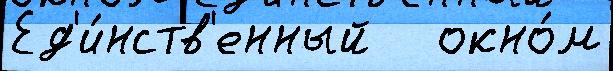
Ед'и́нств'енный   окно́м